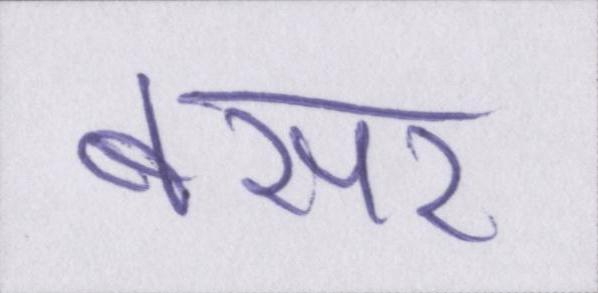
बसर